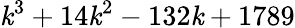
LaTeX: \mathit{k}^{3}+14\mathit{k}^{2}-132\mathit{k}+1789